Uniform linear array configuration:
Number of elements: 12
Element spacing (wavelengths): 0.75
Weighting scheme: blackman
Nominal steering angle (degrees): -30
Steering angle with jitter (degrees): -31.941
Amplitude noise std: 0.05
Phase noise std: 0.05

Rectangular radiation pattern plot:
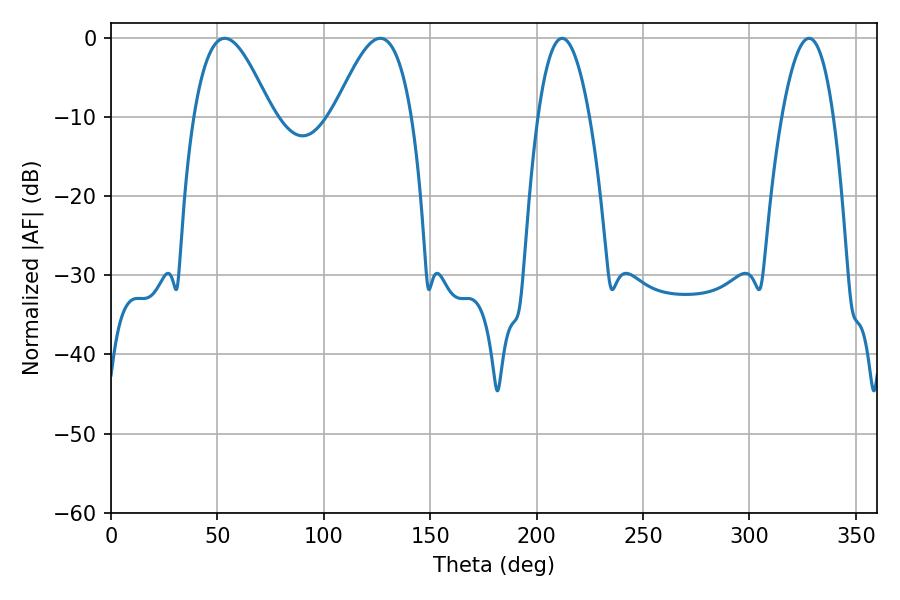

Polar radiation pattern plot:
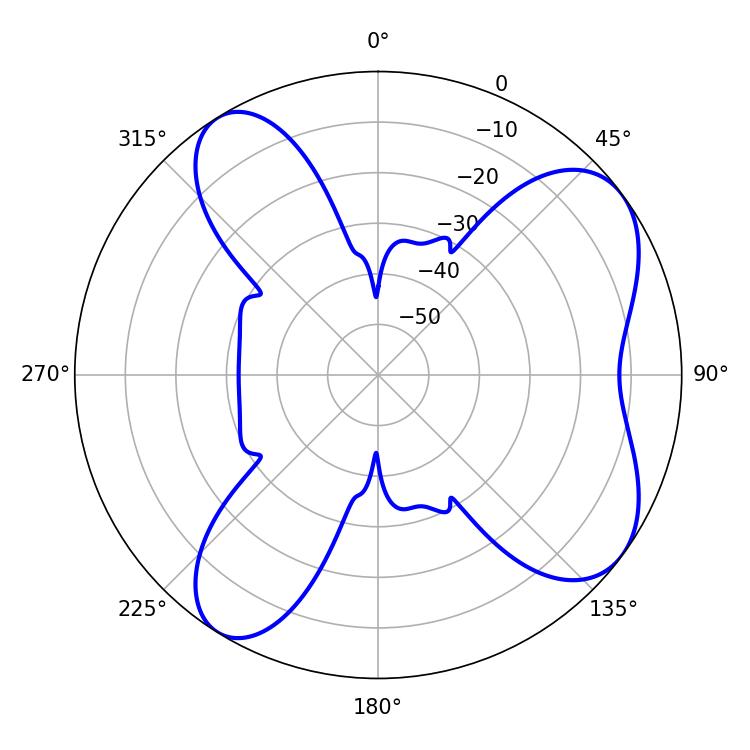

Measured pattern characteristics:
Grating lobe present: TRUE
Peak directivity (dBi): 7.312
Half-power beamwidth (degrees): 19.8
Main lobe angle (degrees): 53.46